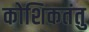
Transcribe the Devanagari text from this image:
कोशिकतंतु